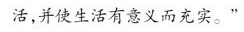
活，并使生活有意义而充实。”